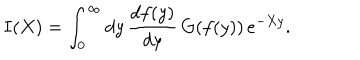
I ( X ) = \int _ { 0 } ^ { \infty } d y \, \frac { d f ( y ) } { d y } \, G ( f ( y ) ) \, e ^ { - X y } .